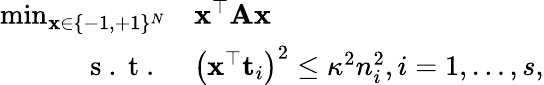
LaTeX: \begin{array}{rl}{\operatorname*{min}_{{\mathbf x}\in\{ -1,+1\} ^{N}}}&{\mathbf{x}^{\top}\mathbf{A}\mathbf{x}}\\ {\mathrm{~s~.~t~.~}}&{\left(\mathbf{x}^{\top}\mathbf{t}_{i}\right)^{2}\leq\kappa^{2}n_{i}^{2},i=1,\ldots,s,}\end{array}